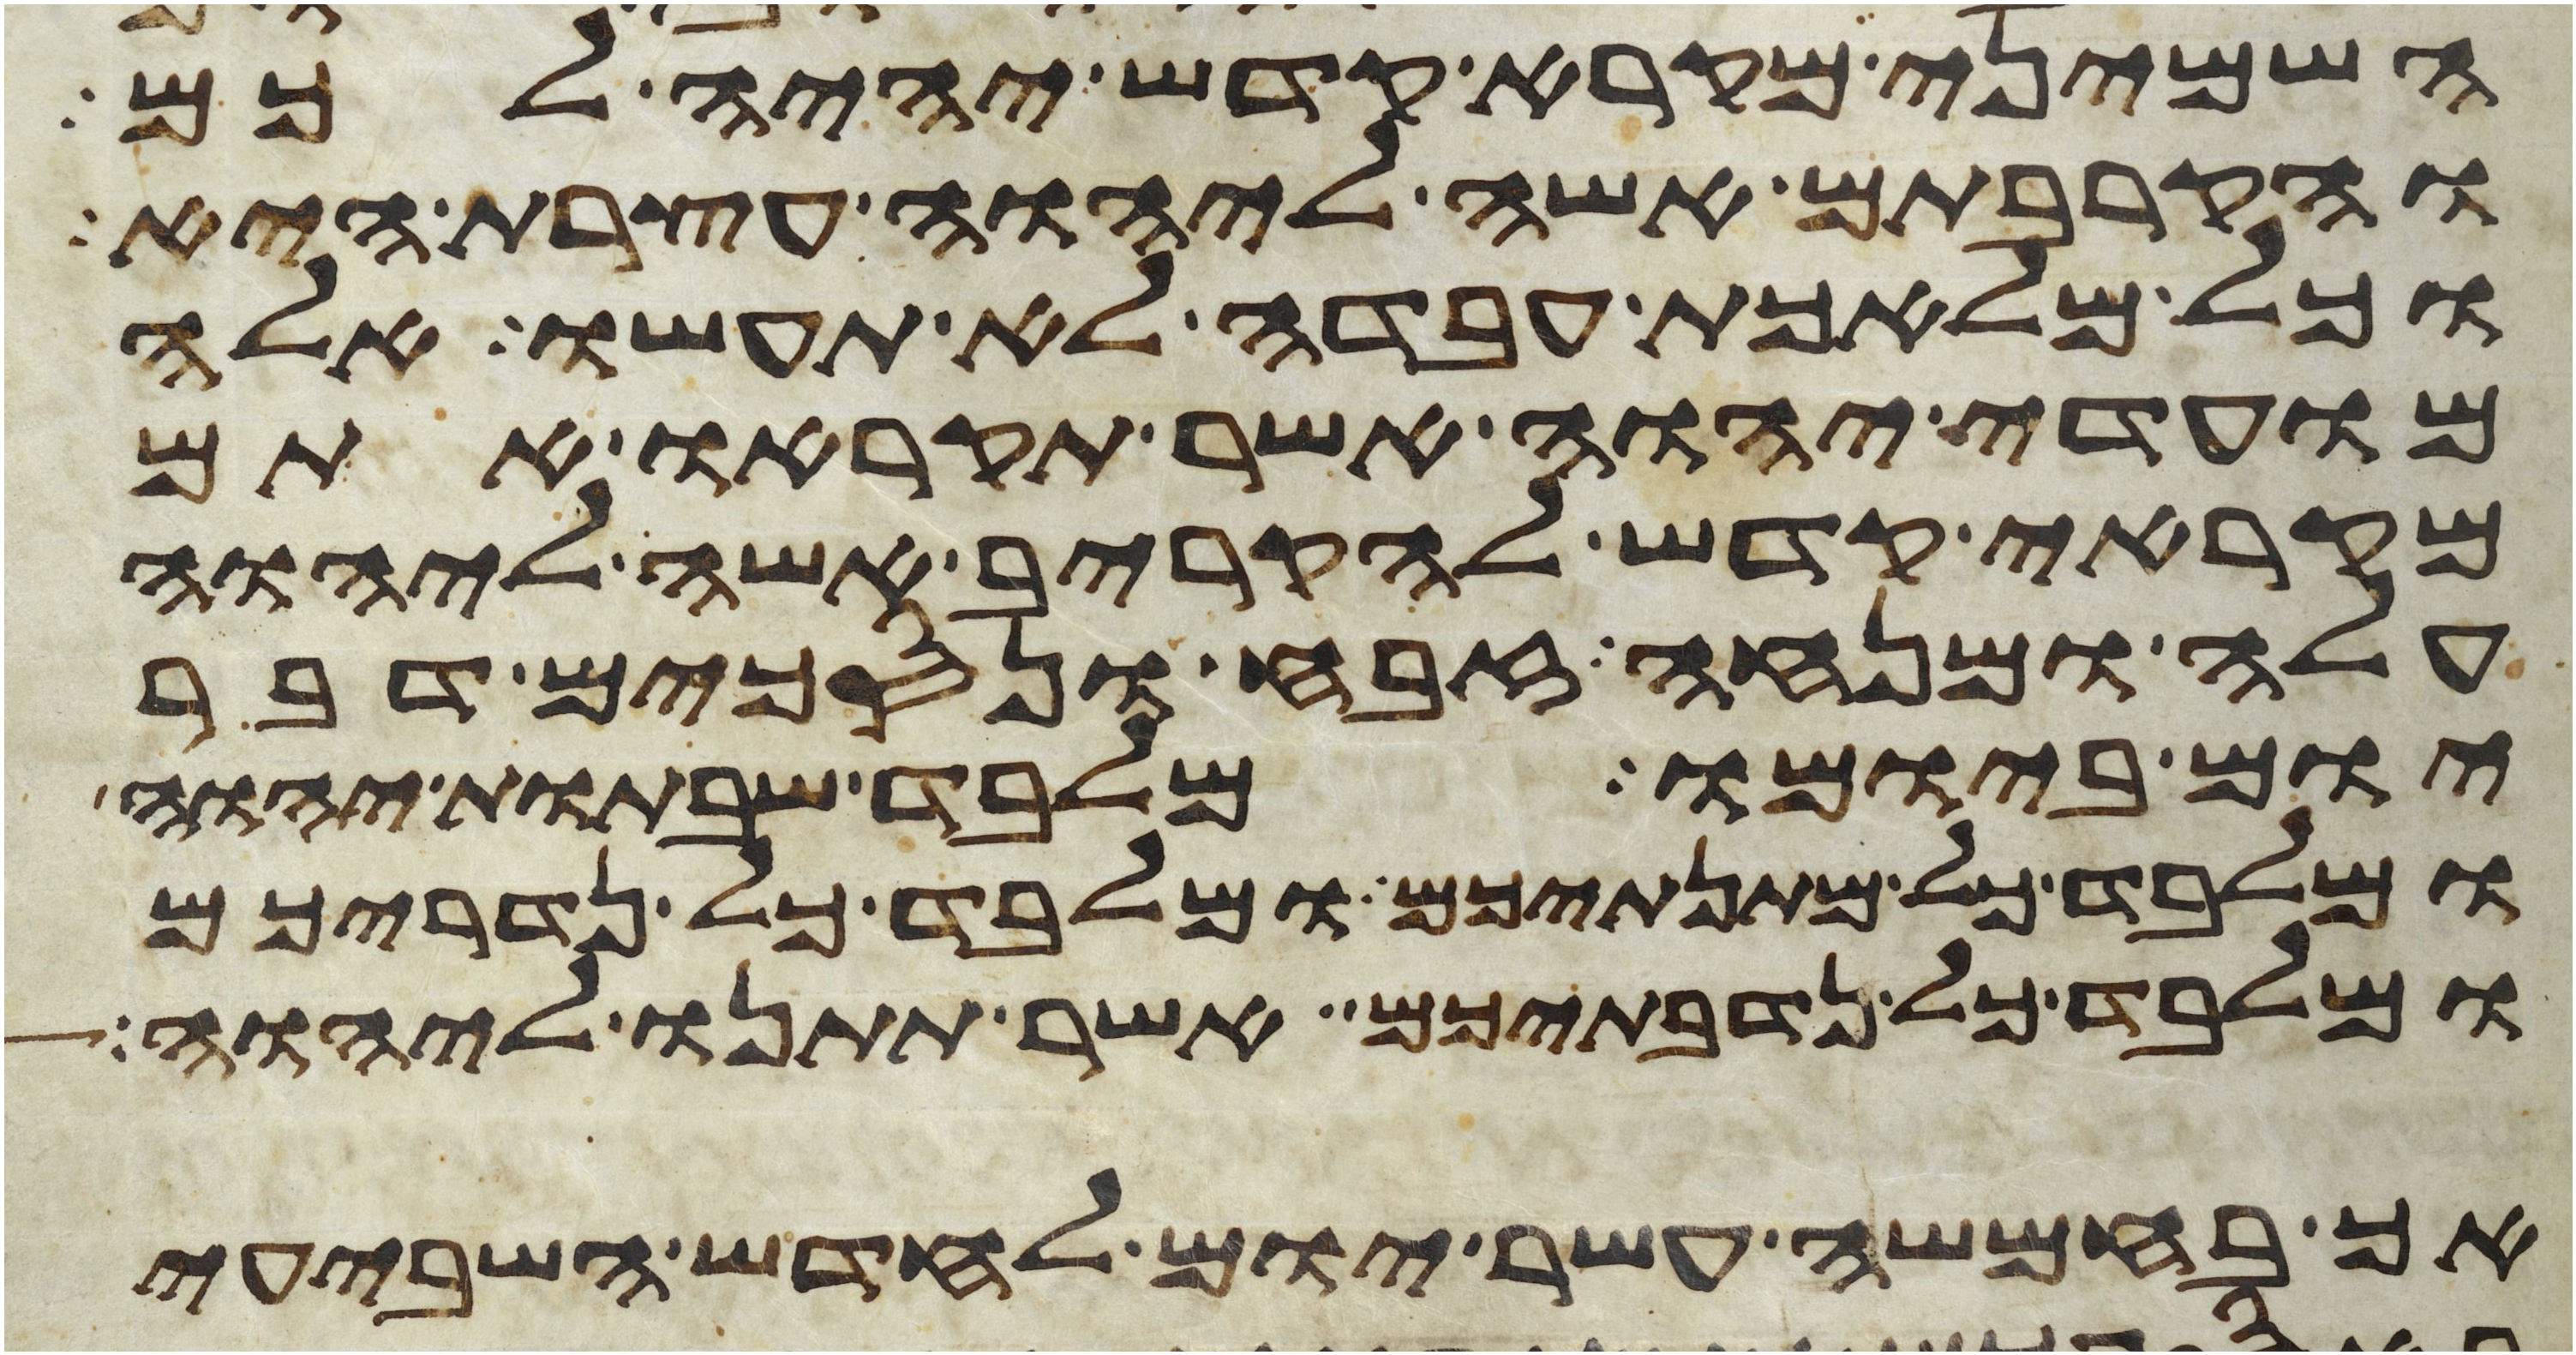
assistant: השמיני מקרא קדש יהיה לכם
והקרבתם אשה ליהוה עצרת היא
וכל מלאכת עבדה לא תעשו אלה
מועדי יהוה אשר תקראו אתם
מקראי קדש להקריב אשה ליהוה
עלה ומנחה זבח ונסכים דבר
יום ביומו מלבד שבתות יהוה
ומלבד כל מתנתיכם ומלבד כל נדריכם
ומלבד כל נדבתיכם אשר תתנו ליהוה
אך בחמשה עשר יום לחדש השביעי